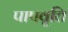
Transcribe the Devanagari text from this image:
पापवृत्ति